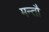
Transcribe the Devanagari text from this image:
मन्तौ